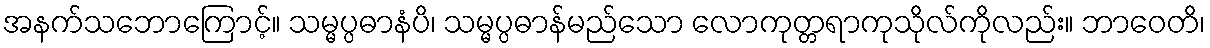
အနက်သဘောကြောင့်။ သမ္မပ္ပဓာနံပိ၊ သမ္မပ္ပဓာန်မည်သော လောကုတ္တရာကုသိုလ်ကိုလည်း။ ဘာဝေတိ၊